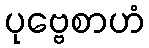
ပုဗ္ဗေစာဟံ